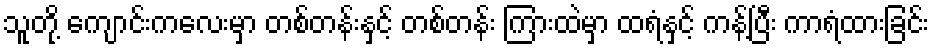
သူတို့ ကျောင်းကလေးမှာ တစ်တန်းနှင့် တစ်တန်း ကြားထဲမှာ ထရံနှင့် ကန့်ပြီး ကာရံထားခြင်း